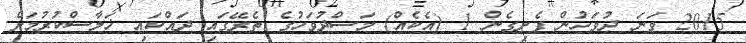
2015 ވަނަ ދުވަހުން ފެށިގެން 1 (އެކެއް) މަސްދުވަހުގެ ތެރޭގައި ދައްކައި ޚަލާސްކުރުމަށް